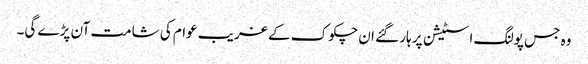
وہ جس پولنگ اسٹیشن پر ہار گئے ان چکوک کے غریب عوام کی شامت آن پڑے گی۔